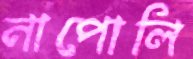
নাপোলি